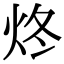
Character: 炵